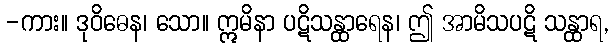
-ကား။ ဒုဝိဓေန၊ သော။ ဣမိနာ ပဋိသန္ထာရေန၊ ဤ အာမိသပဋိ သန္ထာရ,